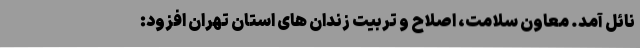
نائل آمد. معاون سلامت، اصلاح و تربیت زندان های استان تهران افزود: